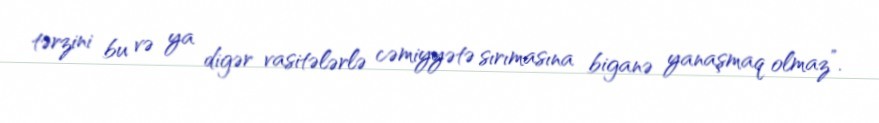
tərzini bu və ya digər vasitələrlə cəmiyyətə sırımasına biganə yanaşmaq olmaz”.